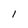
Character: I